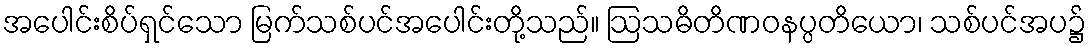
အပေါင်းစိပ်ရှင်သော မြက်သစ်ပင်အပေါင်းတို့သည်။ ဩသဓိတိဏဝနပ္ပတိယော၊ သစ်ပင်အပ၌